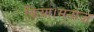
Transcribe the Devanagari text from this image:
किया।मनोज